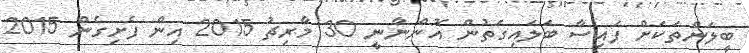
ބީލަންތަކަށް ފައިސާ ބަލައިގަތުން އޮންނާނީ 30 މާރިޗު 2015 އިން ފެށިގެން 2015